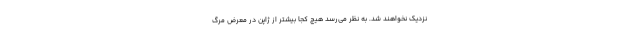
نزدیک نخواهند شد. به نظر می‌رسد هیچ کجا بیشتر از ژاپن در معرض مرگ